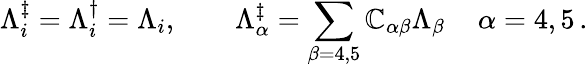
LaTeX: \Lambda_{i}^{\ddagger}=\Lambda_{i}^{\dagger}=\Lambda_{i},\quad\quad\Lambda_{\alpha}^{\ddagger}=\sum_{\beta=4,5}\mathbb{C}_{\alpha\beta}\Lambda_{\beta}\, \quad\alpha=4,5\, .